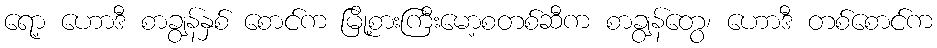
ရော့ ဟောဒီ စာချွန်နှစ် စောင်က မြို့စားကြီးမော့စတစ်ဆီက စာချွန်တွေ၊ ဟောဒီ တစ်စောင်က